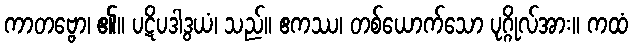
ကာတဗ္ဗော၊ ၏။ ပဋိပဒါဒွယံ၊ သည်။ ဧကဿ၊ တစ်ယောက်သော ပုဂ္ဂိုလ်အား။ ကထံ